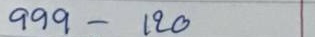
999 - 120